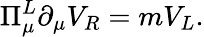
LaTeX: \Pi_{\mu}^{L}\partial_{\mu}V_{R}=mV_{L}.